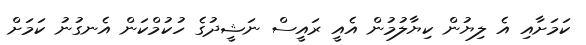
ކަމަށާއި އެ ލިޔުން ކިޔާލުމުން އެއީ ރައީސް ނަޝީދުގެ ހުކުމްކަން އެނގުނު ކަމަށް